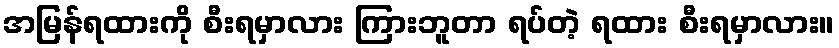
အမြန်ရထားကို စီးရမှာလား ကြားဘူတာ ရပ်တဲ့ ရထား စီးရမှာလား။